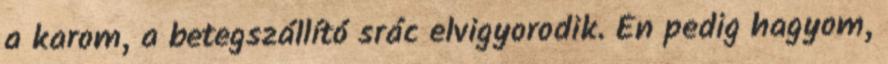
a karom, a betegszállító srác elvigyorodik. Én pedig hagyom,